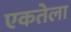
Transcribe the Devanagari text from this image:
एकतेला